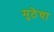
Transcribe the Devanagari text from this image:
मुठेचा